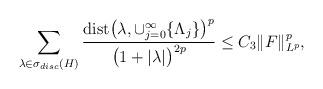
LaTeX: \begin{align*}\sum_{\lambda \in \sigma_{disc}(H)} \frac{\textup{dist} \big( \lambda,\cup_{j=0}^{\infty} \lbrace \Lambda_{j} \rbrace \big)^{p}}{\big( 1 + \vert \lambda \vert \big)^{2p}} \leq C_{3} \Vert F \Vert_{L^{p}}^{p}, \end{align*}